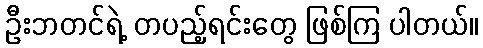
ဦးဘတင်ရဲ့ တပည့်ရင်းတွေ ဖြစ်ကြ ပါတယ်။